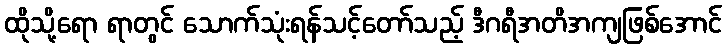
ထိုသို့ရော ရာတွင် သောက်သုံးရန်သင့်တော်သည့် ဒီဂရီအတိအကျဖြစ်အောင်